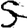
Digit: 5